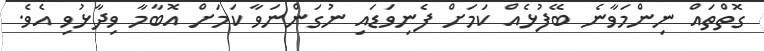
ގޮތްތައް ނިންމަވާނެ ބޭފުޅެއް ކަމަށް ފެނިވަޑައި ނުގަންނަވާ ކަމަށް އޮބާމާ ވިދާޅުވި އެވެ.